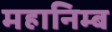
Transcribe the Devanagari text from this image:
महानिम्ब